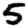
Digit: 5